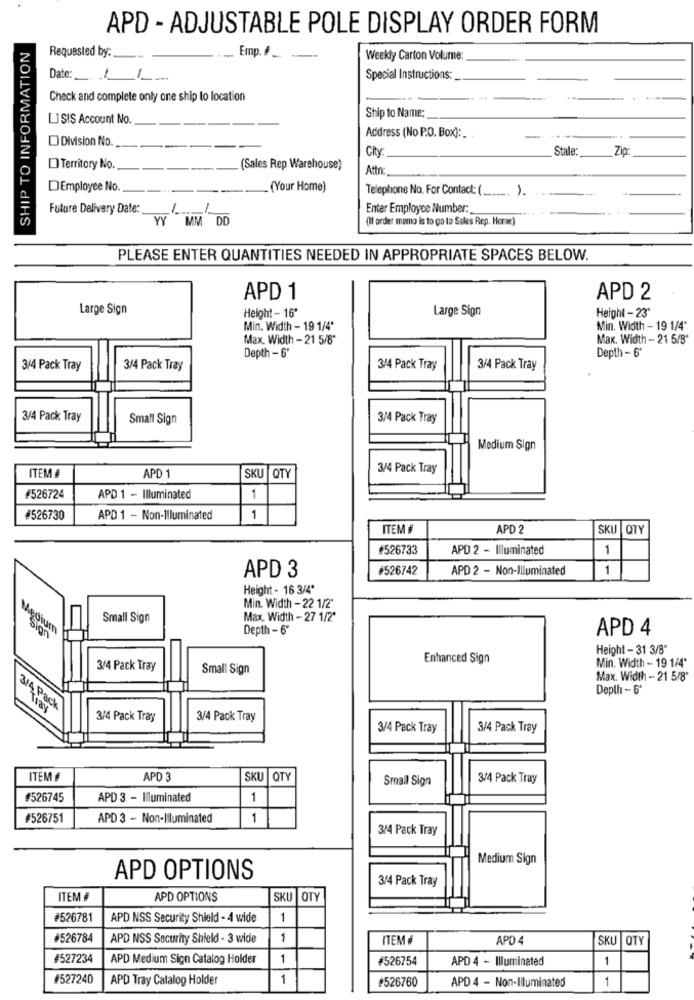
APD - ADJUSTABLE POLE DISPLAY ORDER FORM
SHIP TO INFORMATION
Requested by:
Emp. # _
Weekly Carton Volume:
Date: /
Special Instructions:
Check and complete only one ship to location
LISIS Account No.
Ship to Name:
Division No.
Address (No P.O. Box): . .
--
Stale:
Zip:
Territory No.
(Sales Rep Warehouse)
Attn
DEmployee No.
.(Your Home)
Telephone No. For Contact: ( _____. ).
Future Delivery Date:
-
Enter Employee Number:
YY
MM DD
(If order memo is to go to Sales Rep. Horse)
PLEASE ENTER QUANTITIES NEEDED IN APPROPRIATE SPACES BELOW.
APD 1
APD 2
Large Sign
Large Sign
Height-23"
Height - 16'
Min. Width - 19 1/4'
Min. Width - 19 1/4"
Max. Width -21 5/8"
Max. Width - 21 5/8"
Depth - 6'
Depth -6'
3/4 Pack Tray
3/4 Pack Tray
3/4 Pack Tray
3/4 Pack Tray
3/4 Pack Tray
Small Sign
3/4 Pack Tray
Medium Sign
3/4 Pack Tray
ITEM
APD 1
SKU QTY
#526724
APD 1 - Illuminated
1
#526730
APD 1 - Non-Illuminated
1
ITEM #
APD 2
SKU QTY
#526733
APD 2 - Illuminated
1
#526742
APD 2 - Non-Illuminated
1
APD 3
Height - 16 3/4"
Min. Width - 22 1/2"
Meg
Small Sign
Max. Width - 27 1/2"
um
Depth - 6º
APD 4
Height - 31 3/8"
Enhanced Sign
Min. Width - 19 1/4"
3/4 Pack Tray
Small Sign
Max. Width - 21 5/8"
Depth - 6"
3/4 Pack
Tray
3/4 Pack Tray
3/4 Pack Tray
3/4 Pack Tray
3/4 Pack Tray
ITEM #
APD 3
SKU QTY
Small Sign
3/4 Pack Tray
#526745
APD 3 - Illuminated
1
#526751
APD 3 - Non-Illuminated
1
3/4 Pack Tray
Medium Sign
APD OPTIONS
3/4 Pack Tray
ITEM #
APD OPTIONS
SKU OTY
#526781
APD NSS Security Shield - 4 wide
1
526784
APD NSS Security Shield - 3 wide
1
ITEM #
APD 4
SKU QTY
#527234
APD Medium Sign Catalog Holder
1
#526754
APD 4 - Illuminated
1
#527240
APD Tray Catalog Holder
1
#526760
APD 4 - Non-Illuminated
1